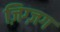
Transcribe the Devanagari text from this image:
ज़िग्ज़ग